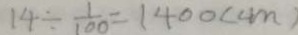
1 4 \div \frac { 1 } { 1 0 0 } = 1 4 0 0 ( c m )